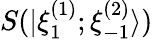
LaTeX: S(|\xi_{1}^{(1)};\xi_{-1}^{(2)}\rangle)